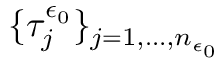
\{ \tau _ { j } ^ { \epsilon _ { 0 } } \} _ { j = 1 , \dots , n _ { \epsilon _ { 0 } } }